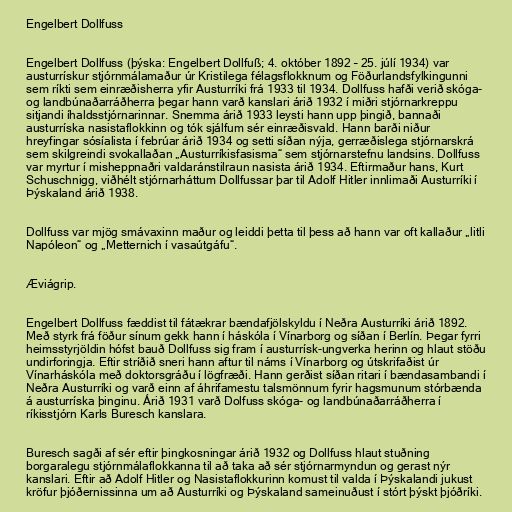
Engelbert Dollfuss

Engelbert Dollfuss (þýska: Engelbert Dollfuß; 4. október 1892 – 25. júlí 1934) var
austurrískur stjórnmálamaður úr Kristilega félagsflokknum og Föðurlandsfylkingunni
sem ríkti sem einræðisherra yfir Austurríki frá 1933 til 1934. Dollfuss hafði verið skóga-
og landbúnaðarráðherra þegar hann varð kanslari árið 1932 í miðri stjórnarkreppu
sitjandi íhaldsstjórnarinnar. Snemma árið 1933 leysti hann upp þingið, bannaði
austurríska nasistaflokkinn og tók sjálfum sér einræðisvald. Hann barði niður
hreyfingar sósíalista í febrúar árið 1934 og setti síðan nýja, gerræðislega stjórnarskrá
sem skilgreindi svokallaðan „Austurríkisfasisma“ sem stjórnarstefnu landsins. Dollfuss
var myrtur í misheppnaðri valdaránstilraun nasista árið 1934. Eftirmaður hans, Kurt
Schuschnigg, viðhélt stjórnarháttum Dollfussar þar til Adolf Hitler innlimaði Austurríki í
Þýskaland árið 1938.

Dollfuss var mjög smávaxinn maður og leiddi þetta til þess að hann var oft kallaður „litli
Napóleon“ og „Metternich í vasaútgáfu“.

Æviágrip.

Engelbert Dollfuss fæddist til fátækrar bændafjölskyldu í Neðra Austurríki árið 1892.
Með styrk frá föður sínum gekk hann í háskóla í Vínarborg og síðan í Berlín. Þegar fyrri
heimsstyrjöldin hófst bauð Dollfuss sig fram í austurrísk-ungverka herinn og hlaut stöðu
undirforingja. Eftir stríðið sneri hann aftur til náms í Vínarborg og útskrifaðist úr
Vínarháskóla með doktorsgráðu í lögfræði. Hann gerðist síðan ritari í bændasambandi í
Neðra Austurríki og varð einn af áhrifamestu talsmönnum fyrir hagsmunum stórbænda
á austurríska þinginu. Árið 1931 varð Dolfuss skóga- og landbúnaðarráðherra í
ríkisstjórn Karls Buresch kanslara.

Buresch sagði af sér eftir þingkosningar árið 1932 og Dollfuss hlaut stuðning
borgaralegu stjórnmálaflokkanna til að taka að sér stjórnarmyndun og gerast nýr
kanslari. Eftir að Adolf Hitler og Nasistaflokkurinn komust til valda í Þýskalandi jukust
kröfur þjóðernissinna um að Austurríki og Þýskaland sameinuðust í stórt þýskt þjóðríki.